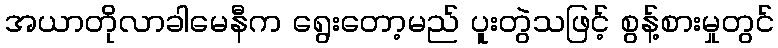
အယာတိုလာခါမေနီက ရွေးတော့မည် ပူးတွဲသဖြင့် စွန့်စားမှုတွင်